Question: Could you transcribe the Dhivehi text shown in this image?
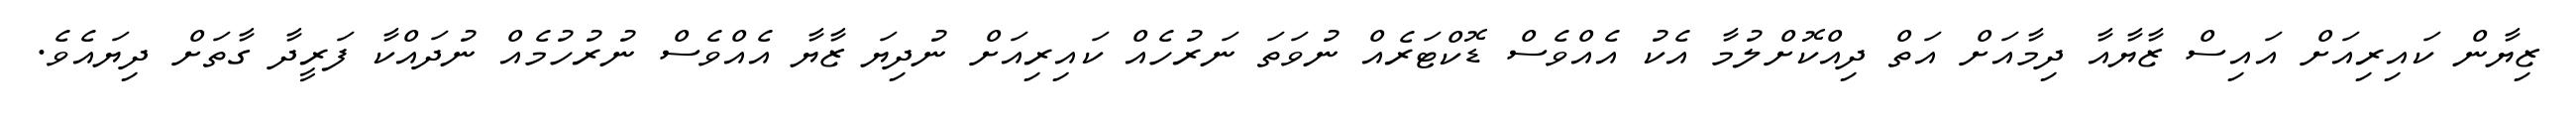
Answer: ޒިޔާން ކައިރިއަށް އައިސް ޒާޔާއާ ދިމާއަށް އަތް ދިއްކޮށްލުމާ އެކު އެއްވެސް ޑޮކްޓަރެއް ނުވަތަ ނަރުހެއް ކައިރިއަށް ނުދިޔަ ޒާޔާ އެއްވެސް ނުރުހުމެއް ނުދައްކާ ފަރީދާ ގާތަށް ދިޔައެވެ.